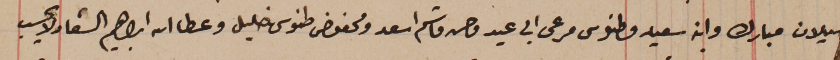
ميلان مبارك وابنه سعيد وطنوس مرعى ابي عيد وحسن قاسم اسعد ومحفوض طنوس خليل وعطالله ابراهيم الشعار لا يحسب